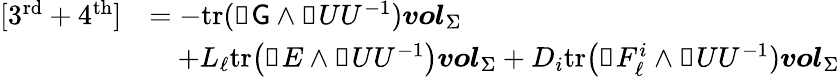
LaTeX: \begin{array}{rl}{[3^{\mathrm{rd}}+4^{\mathrm{th}}]}&{=-\mathrm{tr}(\mathbb{d}\mathsf{G}\wedge\mathbb{d}UU^{-1}){\boldsymbol{vol}}_{\Sigma}}\\ &{\quad+L_{\ell}\mathrm{tr}\big(\mathbb{d}E\wedge\mathbb{d}UU^{-1}\big){\boldsymbol{vol}}_{\Sigma}+D_{i}\mathrm{tr}\big(\mathbb{d}F_{\ell}^{i}\wedge\mathbb{d}UU^{-1}){\boldsymbol{vol}}_{\Sigma}}\end{array}